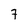
Character: 7